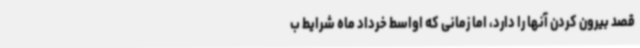
قصد بیرون کردن آنها را دارد، اما زمانی که اواسط خرداد ماه شرایط ب